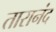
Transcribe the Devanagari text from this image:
तारानंद